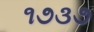
૧૭૩૭